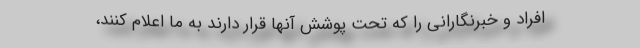
افراد و خبرنگارانی را که تحت پوشش آنها قرار دارند به ما اعلام کنند،